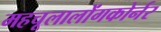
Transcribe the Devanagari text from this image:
महचूलालोंगकोर्नर